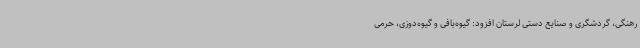
رهنگی، گردشگری و صنایع دستی لرستان افزود: گیوه‌بافی و گیوه‌دوزی، حرمی